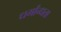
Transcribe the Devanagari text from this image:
धर्मांन्धता